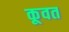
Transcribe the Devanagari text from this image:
कूवत